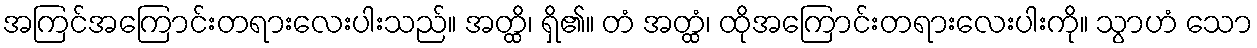
အကြင်အကြောင်းတရားလေးပါးသည်။ အတ္ထိ၊ ရှိ၏။ တံ အတ္ထံ၊ ထိုအကြောင်းတရားလေးပါးကို။ သွာဟံ သော